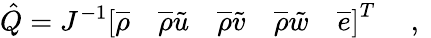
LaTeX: \hat{Q}=J^{-1}\left[\overline{{\rho}}\quad\overline{{\rho}}\tilde{u}\quad\overline{{\rho}}\tilde{v}\quad\overline{{\rho}}\tilde{w}\quad\overline{{e}}\right]^{T}\quad\mathrm{~,~}